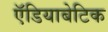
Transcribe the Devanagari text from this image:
ऍडियाबेटिक